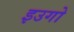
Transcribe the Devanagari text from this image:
इउगो